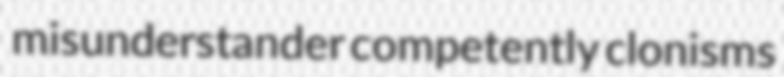
misunderstander competently clonisms